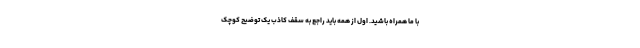
با ما همراه باشید. اول از همه باید راجع به سقف کاذب یک توضیح کوچک